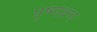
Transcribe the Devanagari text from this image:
पृष्णव्रण